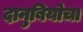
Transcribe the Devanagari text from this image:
दानुबियोचा